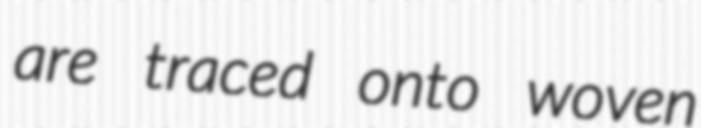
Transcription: are traced onto woven